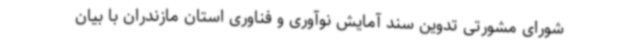
شورای مشورتی تدوین سند آمایش نوآوری و فناوری استان مازندران با بیان